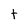
Character: t